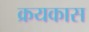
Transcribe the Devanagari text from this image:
क्रयकास